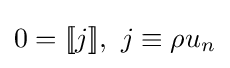
0=[\![j]\!],\,\,j\equiv \rho u_{n}